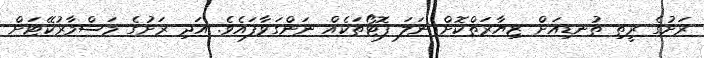
ރަށުގެ ރީތި ތުނޑިއަށް ޒިޔާރަތްކޮށް ނަލަ ފޮޓޯތަކެއް ނަންގަވާފައެވެ. އަދި ރަށުގެ މަސްމާރުކޭޓަށް